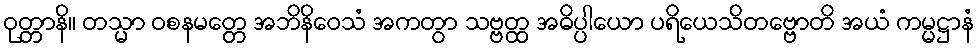
ဝုတ္တာနိ။ တသ္မာ ဝစနမတ္တေ အဘိနိဝေသံ အကတွာ သဗ္ဗတ္ထ အဓိပ္ပါယော ပရိယေသိတဗ္ဗောတိ အယံ ကမ္မဋ္ဌာနံ